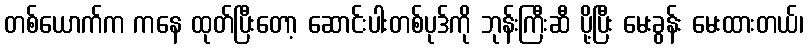
တစ်ယောက်က ကနေ ထုတ်ပြီးတော့ ဆောင်းပါးတစ်ပုဒ်ကို ဘုန်းကြီးဆီ ပို့ပြီး မေးခွန်း မေးထားတယ်၊